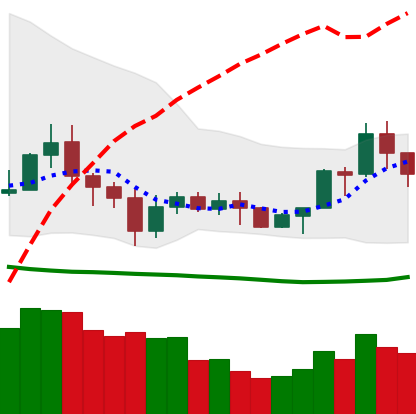
Ticker: NEO-USD
Chart end date: 2020-07-10
Forward return: 4.406%
Label: up_3_5